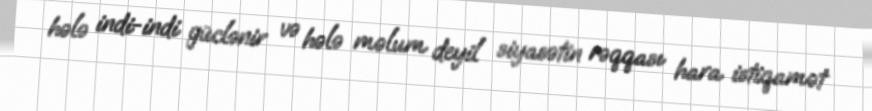
hələ indi-indi güclənir və hələ məlum deyil siyasətin rəqqası hara istiqamət